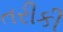
તરીકી